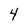
Character: 4